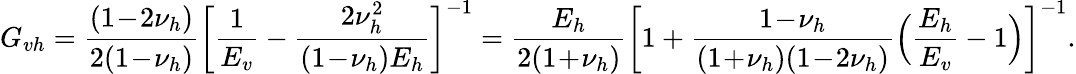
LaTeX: G_{vh}=\frac{(1\! -\! 2\nu_{h})}{2(1\! -\! \nu_{h})}\biggl[\frac{1}{E_{v}}-\frac{2\nu_{h}^{2}}{(1\! -\! \nu_{h})E_{h}}\biggr]^{-1}=\frac{E_{h}}{2(1\! +\! \nu_{h})}\biggl[1+\frac{1\! -\! \nu_{h}}{(1\! +\! \nu_{h})(1\! -\! 2\nu_{h})}\Bigl(\frac{E_{h}}{E_{v}}-1\Bigr)\biggr]^{-1}.